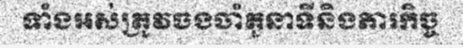
ទាំងអស់ត្រូវចងចាំតួនាទីនិងភារកិច្ច